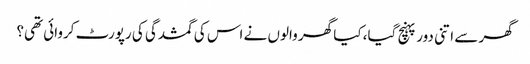
گھر سے اتنی دور پہنچ گیا، کیا گھر والوں نے اس کی گمشدگی کی رپورٹ کروائی تھی؟